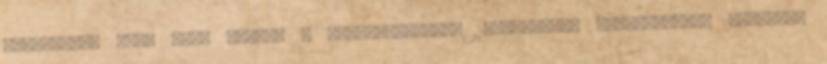
feldolgozó órát véve alapul 6 Mikroszerkezet 1.Motiváció Motivációval történik